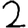
Digit: 2